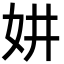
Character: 妌